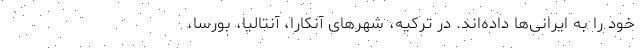
خود را به ایرانی‌ها داده‌اند. در ترکیه، شهرهای آنکارا، آنتالیا، بورسا،